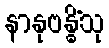
နာနုဗန္ဓိံသု